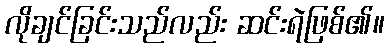
လိုချင်ခြင်းသည်လည်း ဆင်းရဲဖြစ်၏။